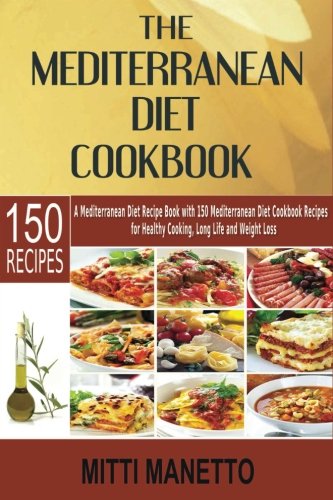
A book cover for The Mediterranean Diet Cookbook: A Mediterranean Diet Recipe Book with 150 Mediterranean Diet Cookbook Recipes for Healthy Cooking, Long Life and Weight Loss; Mitti Manetto; Cookbooks, Food & Wine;